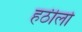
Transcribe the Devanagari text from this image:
हठीलो